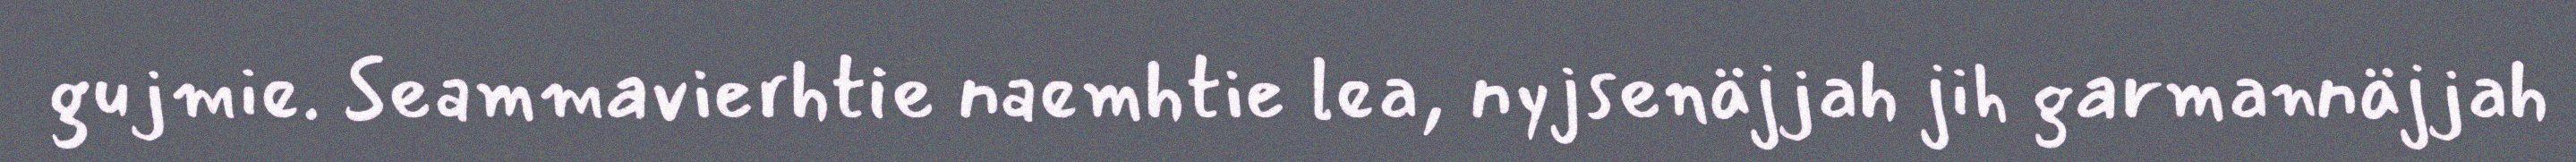
gujmie. Seammavierhtie naemhtie lea, nyjsenäjjah jih garmannäjjah